Report on the working of the mental hospitals for Indians in Bihar and Orissa - 1925-1929
Year: 1925
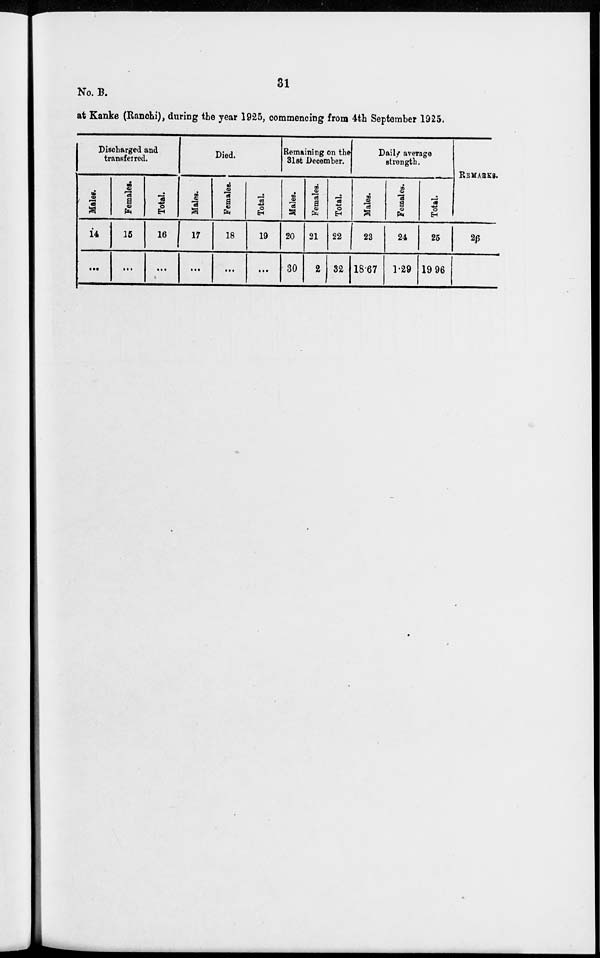
31
No. B.
at Kanke (Ranchi), during the year 1925, commencing from 4th September 1925.
Discharged and
transferred.
Males.
14
...
Females.
15
...
Total.
16
...
Died.
Males.
17
...
Females.
18
...
Total.
19
...
Remaining on the
31st December.
Males.
20
30
Females.
21
2
Total.
22
32
Daily average
strength.
Males.
23
18.67
Females.
24
1.29
Total.
25
19.96
REMARKS.
26